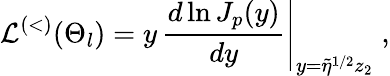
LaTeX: {\mathcal L}^{(<)}(\Theta_{l})=\left.y\, \frac{d\ln J_{p}(y)}{dy}\right|_{y=\widetilde{\eta}^{1/2}z_{2}}\; ,